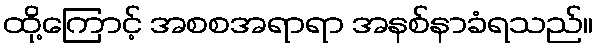
ထို့ကြောင့် အစစအရာရာ အနစ်နာခံရသည်။